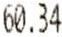
60.34